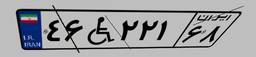
۴۶W۲۲۱۶۸